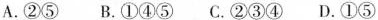
A.②⑤ B.①④⑤ C.②③④ D.①⑤